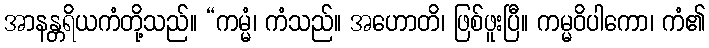
အာနန္တရိယကံတို့သည်။ “ကမ္မံ၊ ကံသည်။ အဟောတိ၊ ဖြစ်ဖူးပြီ။ ကမ္မဝိပါကော၊ ကံ၏